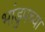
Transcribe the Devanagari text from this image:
भांडुपच्या